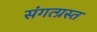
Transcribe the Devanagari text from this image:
संगत्ग्रस्त